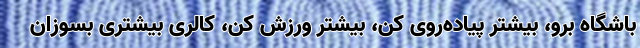
باشگاه برو، بیشتر پیاده‌روی کن، بیشتر ورزش کن، کالری بیشتری بسوزان